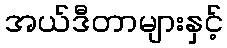
အယ်ဒီတာများနှင့်